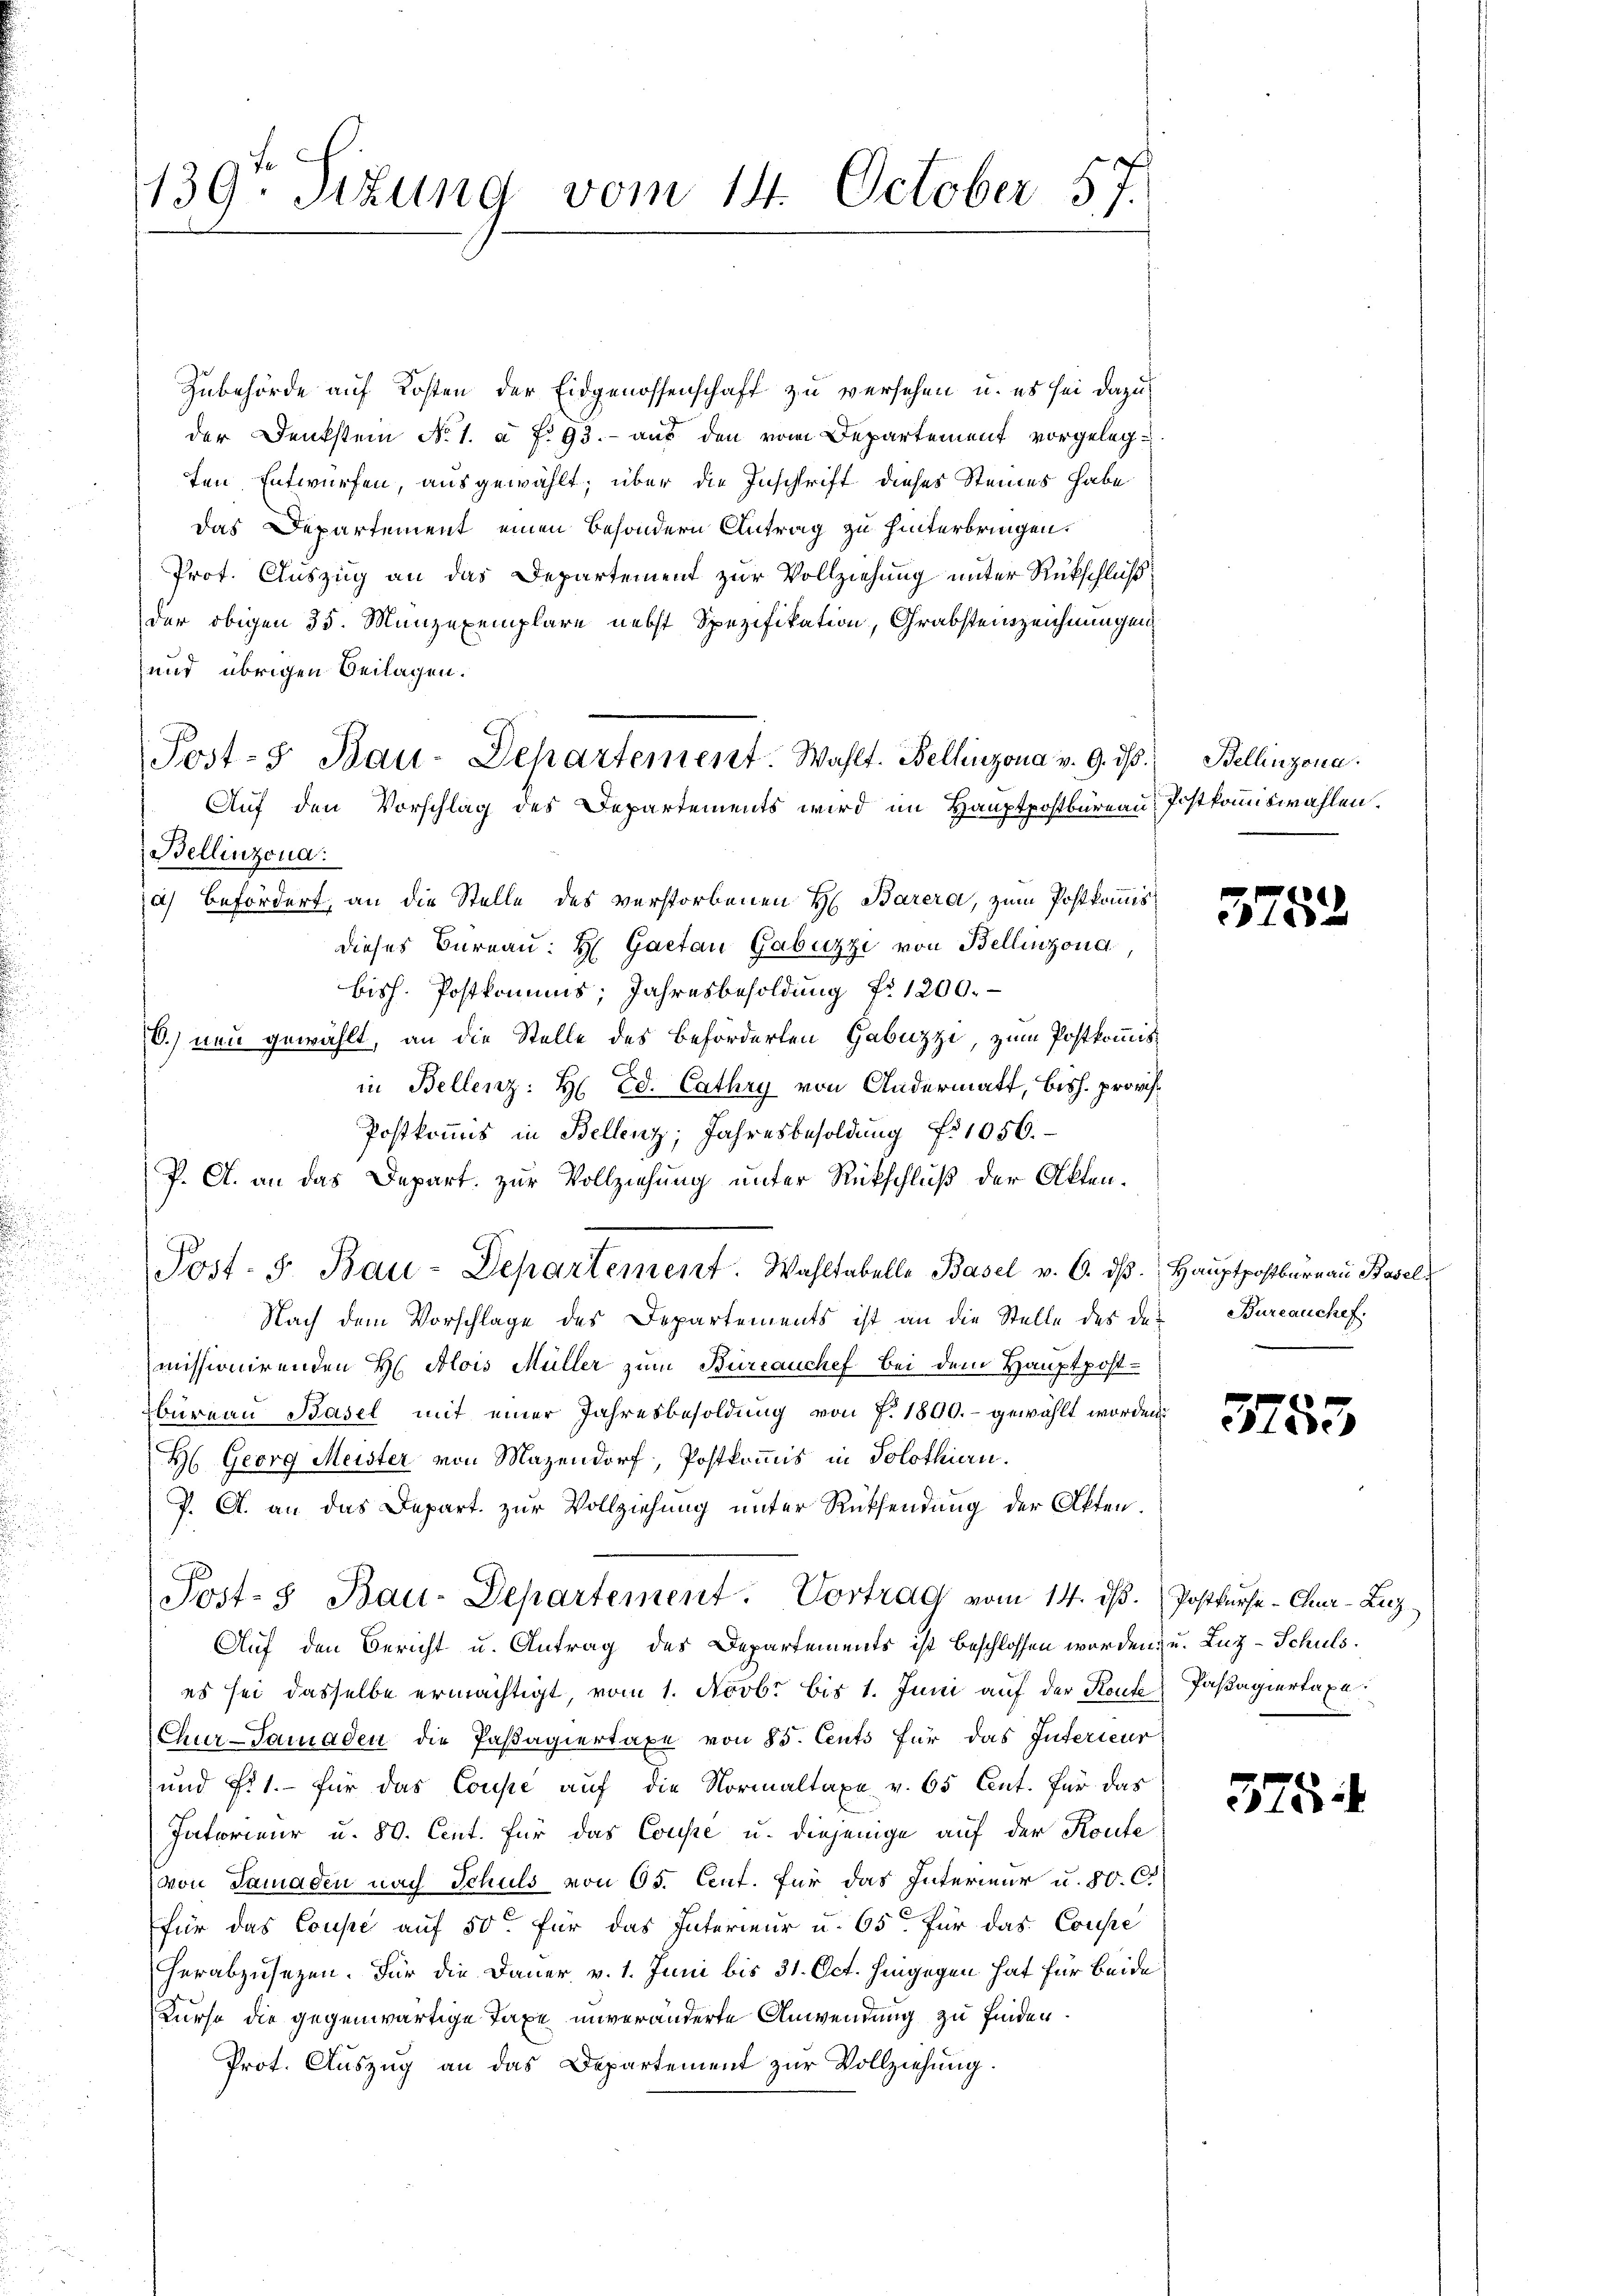
139te Situng vom 14. October 57.

Zubehörde auf Kosten der Eidgenossenschaft zu versehen, u. es sei dazu
der Denkstein No. 1. a. f. 93. - aus den vom Departement vorgelegten Entwürfen, ausgewählt; über die Inschrift dieses Steines habe
das Departement einen besondern Antrag zu hinterbringen.
Prot. Auszug an das Departement zur Vollziehung unter Rückschluß
der obigen 35. Münzexemplare nebst Spezifikation, Grabsteinzeichnungen
und übrigen Beilagen.
Bellinzona:
a) Befördert, an die Stelle des verstorbenen H. Barera, zum Postkomis
dieses Burnau: H Gaetan Gabuzzi von Bellinzona
bish. Postkommis, Jahresbesoldung Nr. 1200.
C.) neu gewählt, an die Stelle des Beförderlen Gabuzzi, zum Postkommis
in Bellenz: H. Ed. Cathry von Andermatt, bish. provis
Postkommis in Bellenz, Jahresbesoldung No 1056.
P. C. an das Depart. zur Vollziehung unter Rückschluß der Akten¬
Post. S. Bau-Departement. Wahltabelle Basel v. 6. dβ. Hauptpostburg an Basel
Nach dem Vorschlage des Departements ist an die Stelle des damissionirenden H. Alois Müller zum Büreauchef bei dem Hauptpostbureau Basel mit einer Jahresbesoldung von P. 1800.- gewählt worden.
H: Georg Meister von Mazendorf, Postkommis in Solothien.
P. A. an das Depart zur Vollziehung unter Rücksendung der Akten.
Post- & Bau-Departement. Vortrag vom 14. ds. (Postkurse-Chur-Luz¬
Auf den Bericht u. Antrag des Departements ist beschlossen worden, u. Luz-Schuls.
es sei dasselbe ermächtigt, vom 1. Novbr bis 1. Juni auf der Reue Passagiertaxe.
Chur-Tamaden die Passagiertaxe von 85. Cents für das Interieur
und fi 1.- für das Coupe auf die Normaltaxe v. 65 Ant. Für das
Iatorieur u. 80. Cent. für das Coupé u. diejenige auf der Konte
von Samaden nach Schuls von 65. Cent. für das Interieur u. 80. C
für das Coupe auf 50 für das Interieur u. 65 für das Cousie
herabzusetzen. Für die Dauer v. 1. Juni bis 31. Oct. hingegen hat für beide
Kurse die gegenwärtige Taxe unveränderte Anwendung zu finden.
Prot. Auszug an das Departement zur Vollziehung.

Post-S. Bau-Departement. Wahlt. Bellinzona v. 9. dβ. Bellinzona.
Auf den Vorschlag des Departements wird im Hauptpostbureau, Postkommiswahlen.

3752

Bureauchef.

¬
55

375